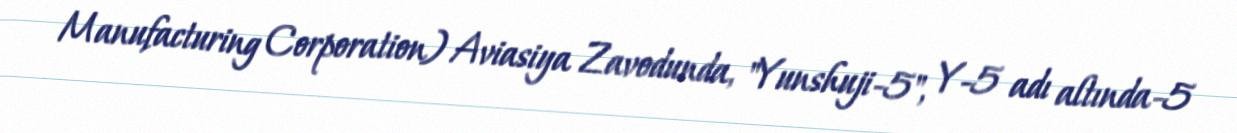
Manufacturing Corporation) Aviasiya Zavodunda, "Yunshuji-5", Y-5 adı altında-5